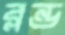
ব্লন্ড